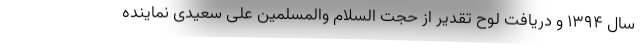
سال ۱۳۹۴ و دریافت لوح تقدیر از حجت السلام والمسلمین علی سعیدی نماینده